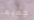
جميعآ